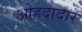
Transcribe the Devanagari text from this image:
ओहदादार